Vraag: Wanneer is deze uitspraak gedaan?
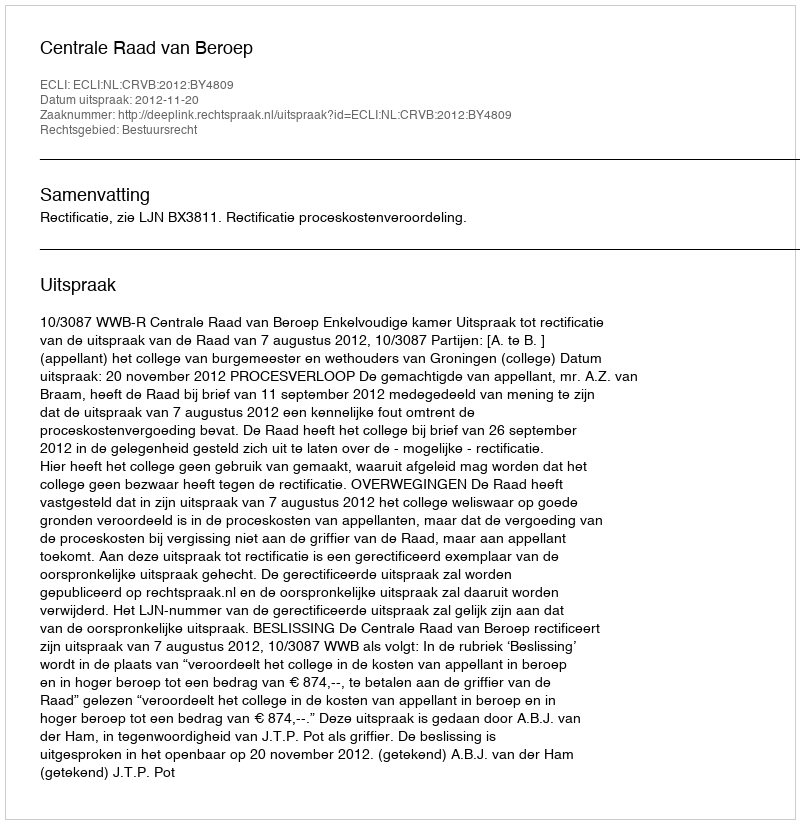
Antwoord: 2012-11-20